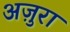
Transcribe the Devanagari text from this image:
अज़ुरा